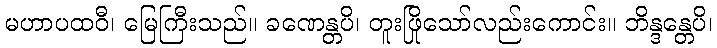
မဟာပထဝီ၊ မြေကြီးသည်။ ခဏေန္တပိ၊ တူးဖြိုသော်လည်းကောင်း။ ဘိန္ဒန္တေပိ၊